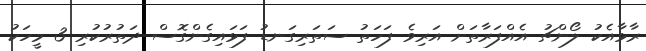
ރާޅާއެކު ލޯންޗު އެއްފަރާތަށް އަރިވެ ފަހަތު ސަތަރިގަނޑު ފަޅައިގެންގޮސް ދަތުރުކުރި 3 މީހަކު